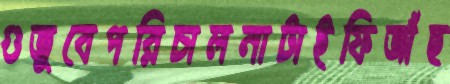
গুজুবেপরিচালনাটাইফিজাঁছ